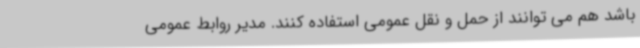
باشد هم می توانند از حمل و نقل عمومی استفاده کنند. مدیر روابط عمومی